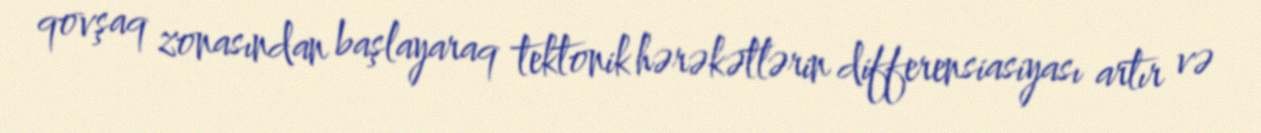
qovşaq zonasından başlayaraq tektonik hərəkətlərin differensiasiyası artır və